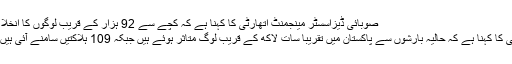
Image caption صوبائی ڈیزاسسٹر مینجمنٹ اتھارٹی کا کہنا ہے کہ کچے سے 92 ہزار کے قریب لوگوں کا انخلا کیا گیا ہے
نیشنل ڈیزاسسٹر مینجمنٹ اتھارٹی کا کہنا ہے کہ حالیہ بارشوں سے پاکستان میں تقریباً سات لاکھ کے قریب لوگ متاثر ہوئے ہیں جبکہ 109 ہلاکتیں سامنے آئی ہیں جن میں صوبہ سندھ شامل نہیں۔